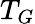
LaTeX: T_{G}